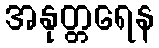
အနုတ္တရေန